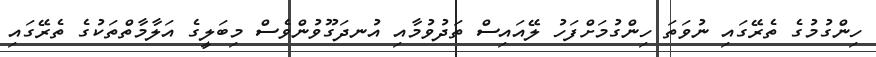
ހިންގުމުގެ ތެރޭގައި ނުވަތަ ހިންގުމަށްފަހު ލޭއައިސް ތަދުވުމާއި އުނދަގޫވުންވެސް މިބަލީގެ އަލާމާތްތަކުގެ ތެރޭގައި